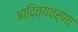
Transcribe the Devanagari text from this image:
आदित्यवर्णा